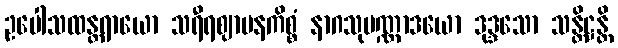
ဥပေါသထန္တရာယော သရီရဈာပနကိစ္စံ နာဂသုပဏ္ဏာဒယော ဒုဒ္ဒသော သန္တိဋ္ဌန္တိ